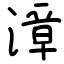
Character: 漳